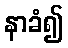
နာခံ၍